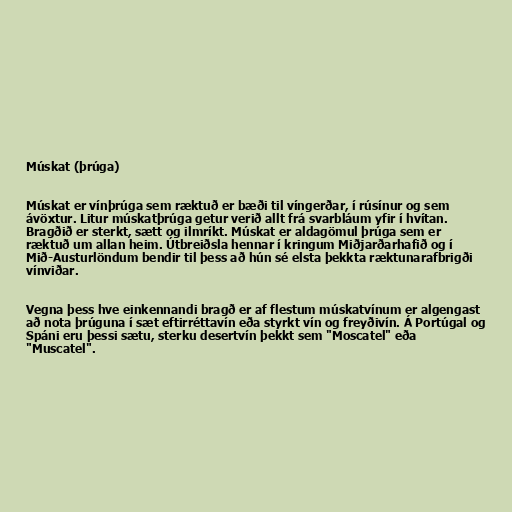
Múskat (þrúga)

Múskat er vínþrúga sem ræktuð er bæði til víngerðar, í rúsínur og sem
ávöxtur. Litur múskatþrúga getur verið allt frá svarbláum yfir í hvítan.
Bragðið er sterkt, sætt og ilmríkt. Múskat er aldagömul þrúga sem er
ræktuð um allan heim. Útbreiðsla hennar í kringum Miðjarðarhafið og í
Mið-Austurlöndum bendir til þess að hún sé elsta þekkta ræktunarafbrigði
vínviðar.

Vegna þess hve einkennandi bragð er af flestum múskatvínum er algengast
að nota þrúguna í sæt eftirréttavín eða styrkt vín og freyðivín. Á Portúgal og
Spáni eru þessi sætu, sterku desertvín þekkt sem "Moscatel" eða
"Muscatel".